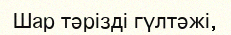
Шар тәрізді гүлтәжі,